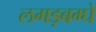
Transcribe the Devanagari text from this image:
लगड़बग्घे